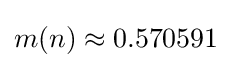
m(n)\approx 0.570591